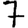
Digit: 7